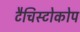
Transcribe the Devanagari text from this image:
टैचिस्टोकोप